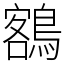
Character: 𪃭